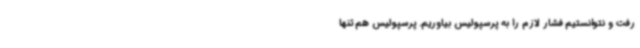
رفت و نتوانستیم فشار لازم را به پرسپولیس بیاوریم. پرسپولیس هم تنها